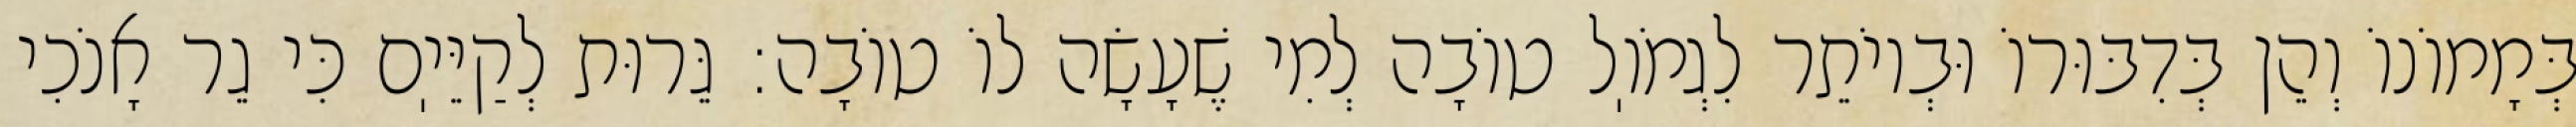
בְּמָמוֹנוֹ וְהֵן בְּדִבּוּרוֹ וּבְיוֹתֵר לִגְמֹוֽל טוֹבָה לְמִי שֶׁעָשָׂה לוֹ טוֹבָה: גֵּרוּת לְקַיֵּיֽם כִּי גֵר אָנֹכִי